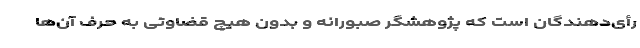
رأی‌دهندگان است که پژوهشگر صبورانه و بدون هیچ قضاوتی به حرف آن‌ها